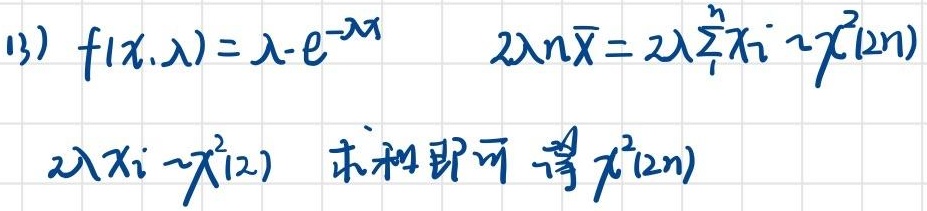
(3) \(f(x,\lambda)=\lambda - e^{-\lambda x}\)
\(2\lambda n\overline{x}=2\lambda\sum_{i = 1}^{n}x_{i}-\chi^{2}(2n)\)
\(2\lambda x_{i}\sim\chi^{2}(2)\)
求和即可得 \(\chi^{2}(2n)\)